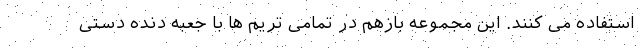
استفاده می کنند. این مجموعه بازهم در تمامی تریم ها با جعبه دنده دستی